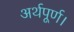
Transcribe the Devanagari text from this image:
अर्थपूर्ण।